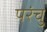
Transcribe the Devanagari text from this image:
परंचु